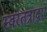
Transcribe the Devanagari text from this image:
स्वरतंत्राद्वारे